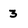
Character: 3